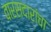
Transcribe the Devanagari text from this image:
वारसदारांचा